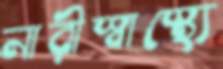
নারীস্বাস্থ্যে